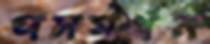
পসমর্থন